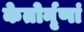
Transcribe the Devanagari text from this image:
केतोर्नृणां